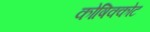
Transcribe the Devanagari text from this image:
कोषिक्कोट